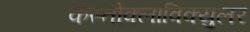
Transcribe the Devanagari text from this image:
कस्तोक्लाविक्युलर